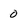
Character: 0